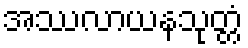
အဿလာယနသုတ္တံ